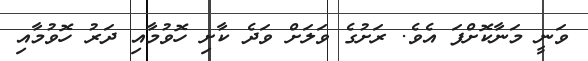
ވަނީ މަނާކޮށްފަ އެވެ. ރަށުގެ ވަލަށް ވަދެ ކާށި ހޮވުމާއި ދަރު ހޮވުމާއި